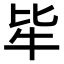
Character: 𤘤